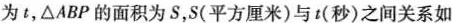
为t，\triangle ABP的面积为S，S(平方厘米)与t(秒)之间关系如